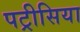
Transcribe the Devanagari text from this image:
पट्रीसिया